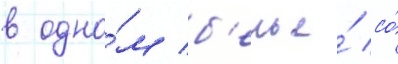
в одно́м б'елье́ со́